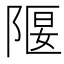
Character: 隁